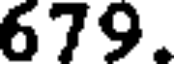
679.